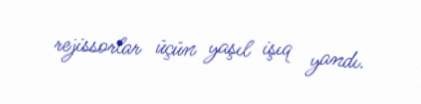
rejissorlar üçün yaşıl işıq yandı.